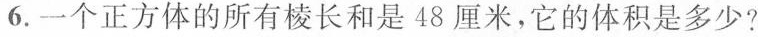
6. 一个正方体的所有棱长和是48厘米，它的体积是多少?